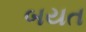
બયત